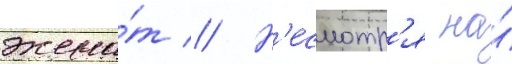
жена́т // Н'есмотр'я на́